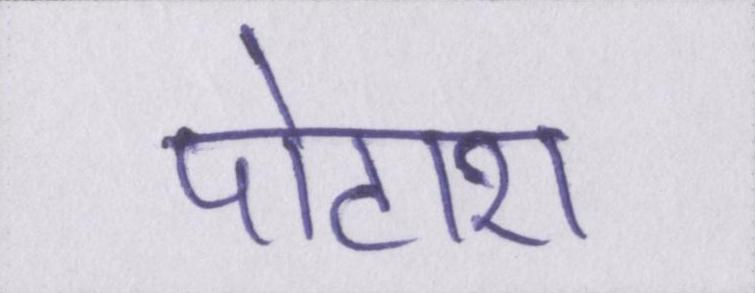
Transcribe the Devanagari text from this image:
पोटाश